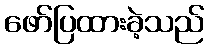
ဖော်ပြထားခဲ့သည်